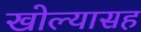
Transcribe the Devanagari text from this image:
खोल्यासह